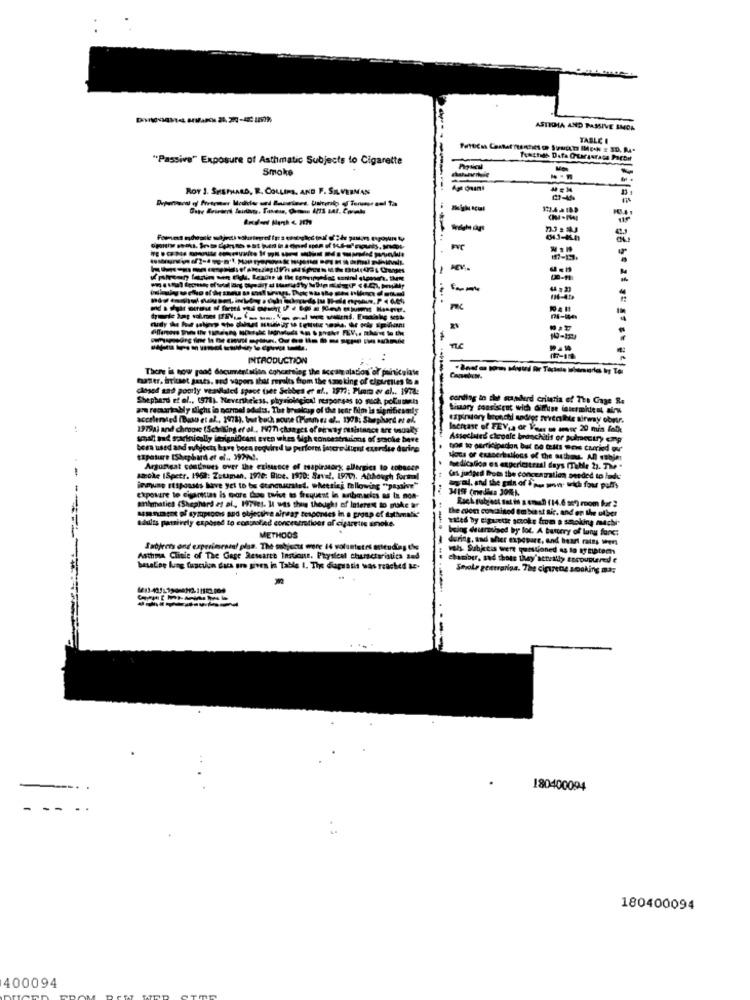
ASTIDIA AND PASSIVE SMOA
TABLE I
"Passive" Exposure of Asthmatic Subjects to Cigarette
Smoke
ROT 3. SHEPHARD, R. COLLINS, AND F. SILVERMAN
Age ans
--
-
INTRODUCTION
There is now yand documentation concerning the ticcame alation of panicplate
faster, irritset sauts, ard vapors that rurales from the sono king of cigarettes to a
closed and poorly veavlaled space bet Schbes er af .. 1977: Pimm er al .. 1978:
Shephard et al ., 1971). Nevertheless, physiological responses to much pol.uut
cording in the scanderd criteria of The Cage R.
a recurirably dichs in normal adel:s. The brualoup of the tear film Is significantly
Simary consistent wich Gimise intermident airw
accelerated (Bas et al ., 1978). tour bach souse (Pleim es el ., 1993; Shephard et el.
expiratory bronchi andige revenirte airway obrir.
1979al and chroose (Schilling et al ., 1977 changes of airway ousistance are tualy
Increase of FEV,a or Vous en amor 20 min folk
soal nd garinically insignificant even when Wigh concestrukms of smoke beve
Associated chevale bronchitis of pulpcuir enp
bera used and subjects have been required to perform increitient cxerelse durire
tapature [Shephard et ei .. W99 !.
Nous of exacerballons of the author, An subje:
Argumgat continues over the existence of tapiratory, allergies to cobucer
medication es experiostras! days (Tuhle 27. The "
smoke ISpetr. 1968: Zetman, 1920: Bice. 1970: Save !, 1977. Although forthe
(as judged Proms the concentration pended to lade
immune responses have yet to be Guinenacrated. @heesiej following "passive"
chpoutre to cigarettes is more thoo twice to frequent in arbmariss as tu non-
anlamatica (Shephard et al ., 1979e1. It was this thought of Interest to make ar
the cuen contained em biest aic. and on the olber
unamt of symptoms and objective airear tesconies in a group of dathmilk"
Adults passively exposed to controlled concentrations of cipureins anoke.
"led by eiguetie scoks from a smoking machi"
boing dusarmiaed by lot. A battery of luny farc:
METHODS
during, and sher expepare, and heart rates weers
Subjects and experimental plan. The subjects were 14 voluntetri arieuding the
vols. Subjeis wert questioned es lo tynatem
Asthma Clinic of The Gage Research Insticute. Payslest characteristics a
chamiber, sad thots they'actually encountered e
baseLor lung function das are given in Table 1. The daguasis was reached LE-
------.-
Stroke gestrarias. The cipirene smoking ma;
180400094
180400094
400094